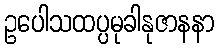
ဥပေါသထပ္ပမုခါနုဇာနနာ